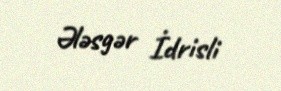
Ələsgər İdrisli